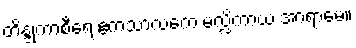
တိန္ဒုကာစီရေ ဧကသာလကေ မလ္လိကာယ အာရာမေ။